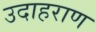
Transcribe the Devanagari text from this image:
उदाहराण